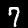
Label: 7